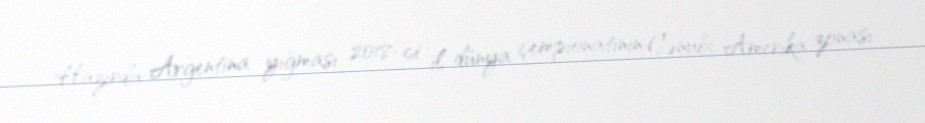
Hazırda Argentina yığması 2018-ci il dünya çempionatının Cənubi Amerika zonası